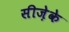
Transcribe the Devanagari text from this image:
सीज़ेके